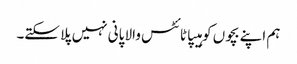
ہم اپنے بچوں کو ہیپاٹائٹس والا پانی نہیں پلا سکتے۔